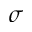
\sigma